Indian journal of veterinary science and animal husbandry - Volumes 15-17, 1948-1951
Year: 1948
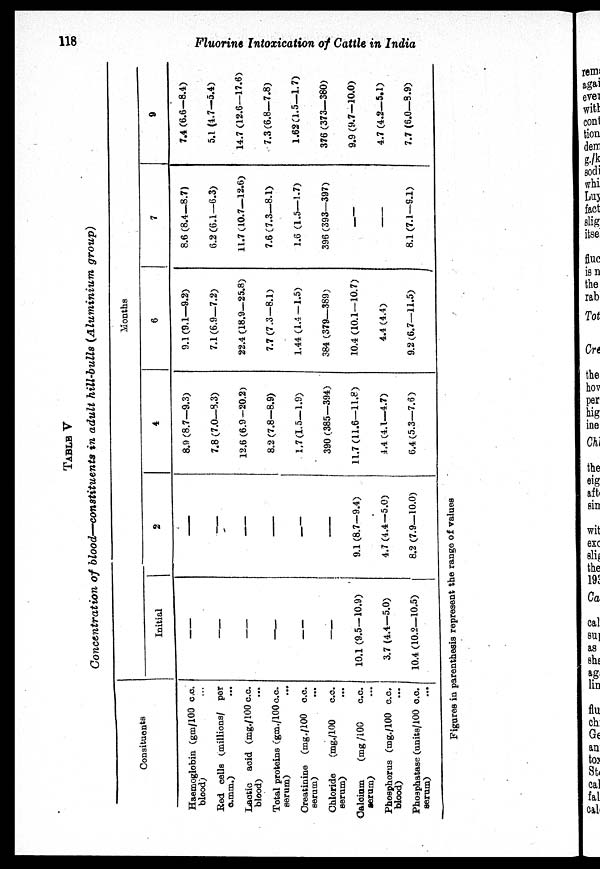
118
Fluorine
Intoxication of Cattle in India
TABLE V
Concentration of blood—-constituents in adult hill-bulls (Aluminium
group)
Consituents
Haemoglobin (gm/100 c.c.
blood)...
Red cells (millions/ per
c.mm.)...
Lactic acid (mg./100 c.c.
blood)...
Total proteins (gm./100 c.c.
serum)
Creatinine (mg./100 c.c.
serum)
Chloride
(mg./100
c.c.
serum)...
Calcium
(mg /100
c.c.
serum)...
Phosphorus (mg./l00 c.c.
blood)...
Phosphatase (units/100 c.c.
serum)...
Months
Initial
—
—
—
—
10.1 (9.5—10.9)
3.7 (4.4—5.0)
10.4 (10.2—10.5)
2
—
—
—
—
—
9.1 (8.7—9.4)
4.7 (4.4—5.0)
8.2 (7.9—10.0)
4
8.9 (8.7—9.3)
7.8 (7.0—8.3)
12.6 (6.9—20.2)
8.2 (7.8—8.9)
1.7(1.5—1.9)
390 (385—394)
11.7 (11.6—11.8)
4.4 (4.1—4.7)
6.4 (5.3—7.6)
6
9.1 (9.1—9.2)
7.1 (6.9—7.2)
22.4 (18.9—25.8)
7.7 (7.3—8.1)
1.44 (1.4—1.5)
384 (379—389)
10.4 (10.1—10.7)
4.4 (4.4)
9.2(6.7—11.5)
7
8.6 (8.4—8.7)
6.2 (6.1—6.3)
11.7 (10.7—12.6)
7.6 (7.3—8.1)
1.6 (1.5—1.7)
396 (393—397)
—
—
8.1 (7.1—9.1)
9
7.4 (6.6—8.4)
5.1 (4.7—5.4)
14.7 (12.6—17.6)
7.3 (6.8—7.8)
1.62(1.5—1.7)
376 (373—380)
9.9 (9.7—10.0)
4.7 (4.2—5.1)
7.7 (6.0—8.9)
Figures in parenthesis represent the range of values